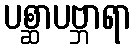
ပစ္ဆာပဗ္ဘာရာ